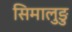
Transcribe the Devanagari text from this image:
सिमालुङु